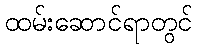
ထမ်းဆောင်ရာတွင်